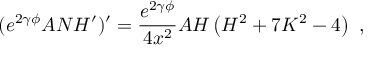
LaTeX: ( e ^ { 2 \gamma \phi } A N H ^ { \prime } ) ^ { \prime } = \frac { e ^ { 2 \gamma \phi } } { 4 x ^ { 2 } } A H \left( H ^ { 2 } + 7 K ^ { 2 } - 4 \right) \ ,